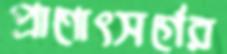
প্রাণোৎসর্গের